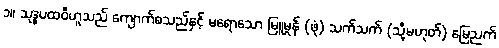
၁။ သုဒ္ဓပထဝီဟူသည် ကျောက်စသည်နှင့် မရောသော မြူမှုန် (ဖုံ) သက်သက် (သို့မဟုတ်) မြေညက်